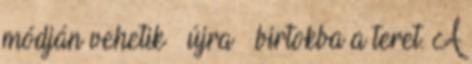
módján vehetik – újra – birtokba a teret. A